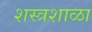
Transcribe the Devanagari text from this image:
शस्त्रशाळा